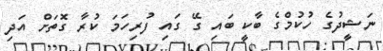
ނަޝީދުގެ ހުކުމްގެ ބާކީ ބައި ގޭ ގައި ފުރިހަމަ ކުރާ ގޮތަށް އަދި